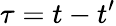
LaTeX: \tau=t-t^{\prime}